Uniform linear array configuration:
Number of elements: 64
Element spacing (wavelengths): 1
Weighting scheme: blackman
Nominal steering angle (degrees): -60
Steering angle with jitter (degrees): -58.668
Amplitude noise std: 0.05
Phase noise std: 0.05

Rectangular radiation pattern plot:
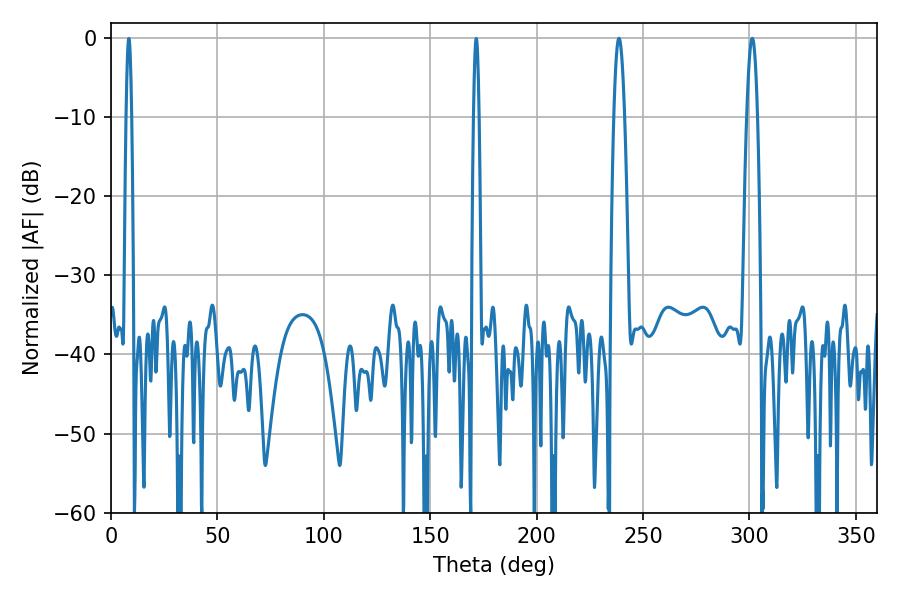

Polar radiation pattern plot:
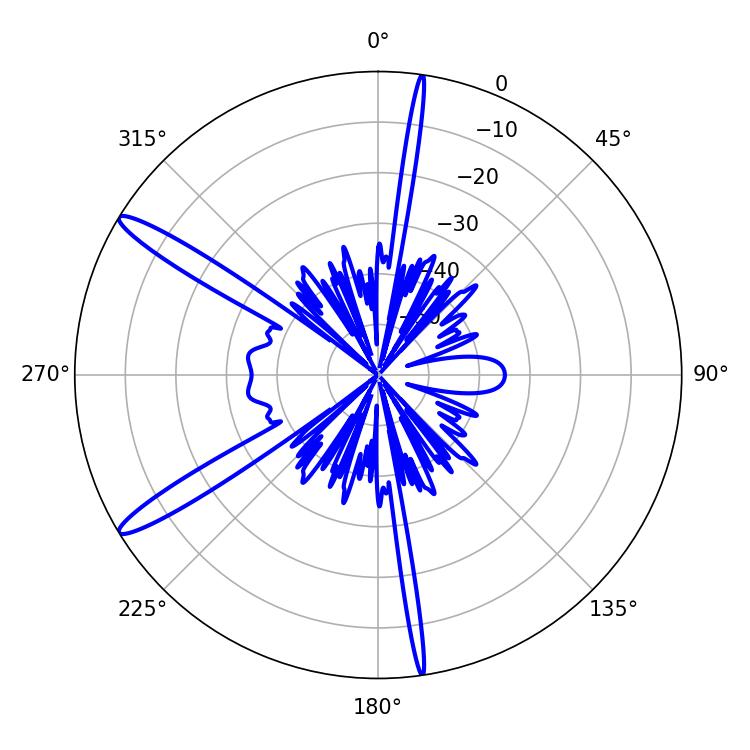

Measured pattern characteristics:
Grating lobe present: TRUE
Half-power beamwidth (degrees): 2.7
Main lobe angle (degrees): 238.68